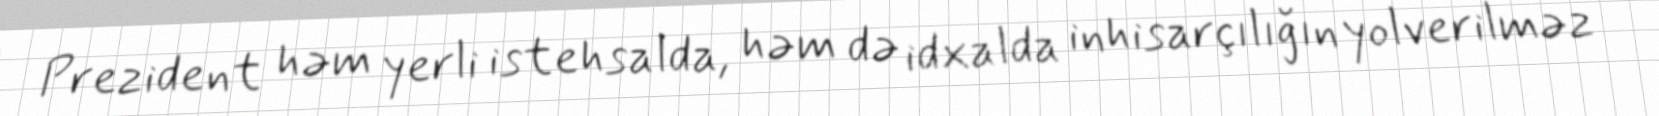
Prezident həm yerli istehsalda, həm də idxalda inhisarçılığın yolverilməz